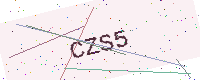
Text: CZS5